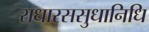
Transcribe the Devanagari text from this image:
राधारससुधानिधि